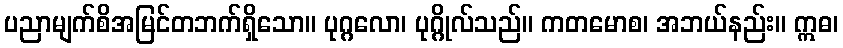
ပညာမျက်စိအမြင်တဘက်ရှိသော။ ပုဂ္ဂလော၊ ပုဂ္ဂိုလ်သည်။ ကတမောစ၊ အဘယ်နည်း။ ဣဓ၊